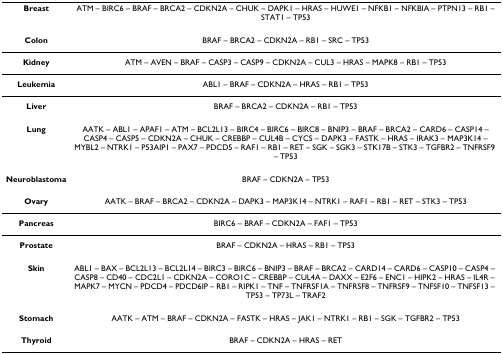
| Breast | ATM – BIRC6 – BRAF – BRCA2 – CDKN2A – CHUK – DAPK1 – HRAS – HUWE1 – NFKB1 – NFKBIA – PTPN13 – RB1 – STAT1 – TP53 |
 | --- | --- |
 | Colon | BRAF – BRCA2 – CDKN2A – RB1 – SRC – TP53 |
 | Kidney | ATM – AVEN – BRAF – CASP3 – CASP9 – CDKN2A – CUL3 – HRAS – MAPK8 – RB1 – TP53 |
 | Leukemia | ABL1 – BRAF – CDKN2A – HRAS – RB1 – TP53 |
 | Liver | BRAF – BRCA2 – CDKN2A – RB1 – TP53 |
 | Lung | AATK – ABL1 – APAF1 – ATM – BCL2L13 – BIRC4 – BIRC6 – BIRC8 – BNIP3 – BRAF – BRCA2 – CARD6 – CASP14 – CASP4 – CASP5 – CDKN2A – CHUK – CREBBP – CUL4B – CYCS – DAPK3 – FASTK – HRAS – IRAK3 – MAP3K14 – MYBL2 – NTRK1 – P53AIP1 – PAX7 – PDCD5 – RAF1 – RB1 – RET – SGK – SGK3 – STK17B – STK3 – TGFBR2 – TNFRSF9 – TP53 |
 | Neuroblastoma | BRAF – CDKN2A – TP53 |
 | Ovary | AATK – BRAF – BRCA2 – CDKN2A – DAPK3 – MAP3K14 – NTRK1 – RAF1 – RB1 – RET – STK3 – TP53 |
 | Pancreas | BIRC6 – BRAF – CDKN2A – FAF1 – TP53 |
 | Prostate | BRAF – CDKN2A – HRAS – RB1 – TP53 |
 | Skin | ABL1 – BAX – BCL2L13 – BCL2L14 – BIRC3 – BIRC6 – BNIP3 – BRAF – BRCA2 – CARD14 – CARD6 – CASP10 – CASP4 – CASP8 – CD40 – CDC2L1 – CDKN2A – CORO1C – CREBBP – CUL4A – DAXX – E2F6 – ENC1 – HIPK2 – HRAS – IL4R – MAPK7 – MYCN – PDCD4 – PDCD6IP – RB1 – RIPK1 – TNF – TNFRSF1A – TNFRSF8 – TNFRSF9 – TNFSF10 – TNFSF13 – TP53 – TP73L – TRAF2 |
 | Stomach | AATK – ATM – BRAF – CDKN2A – FASTK – HRAS – JAK1 – NTRK1 – RB1 – SGK – TGFBR2 – TP53 |
 | Thyroid | BRAF – CDKN2A – HRAS – RET |